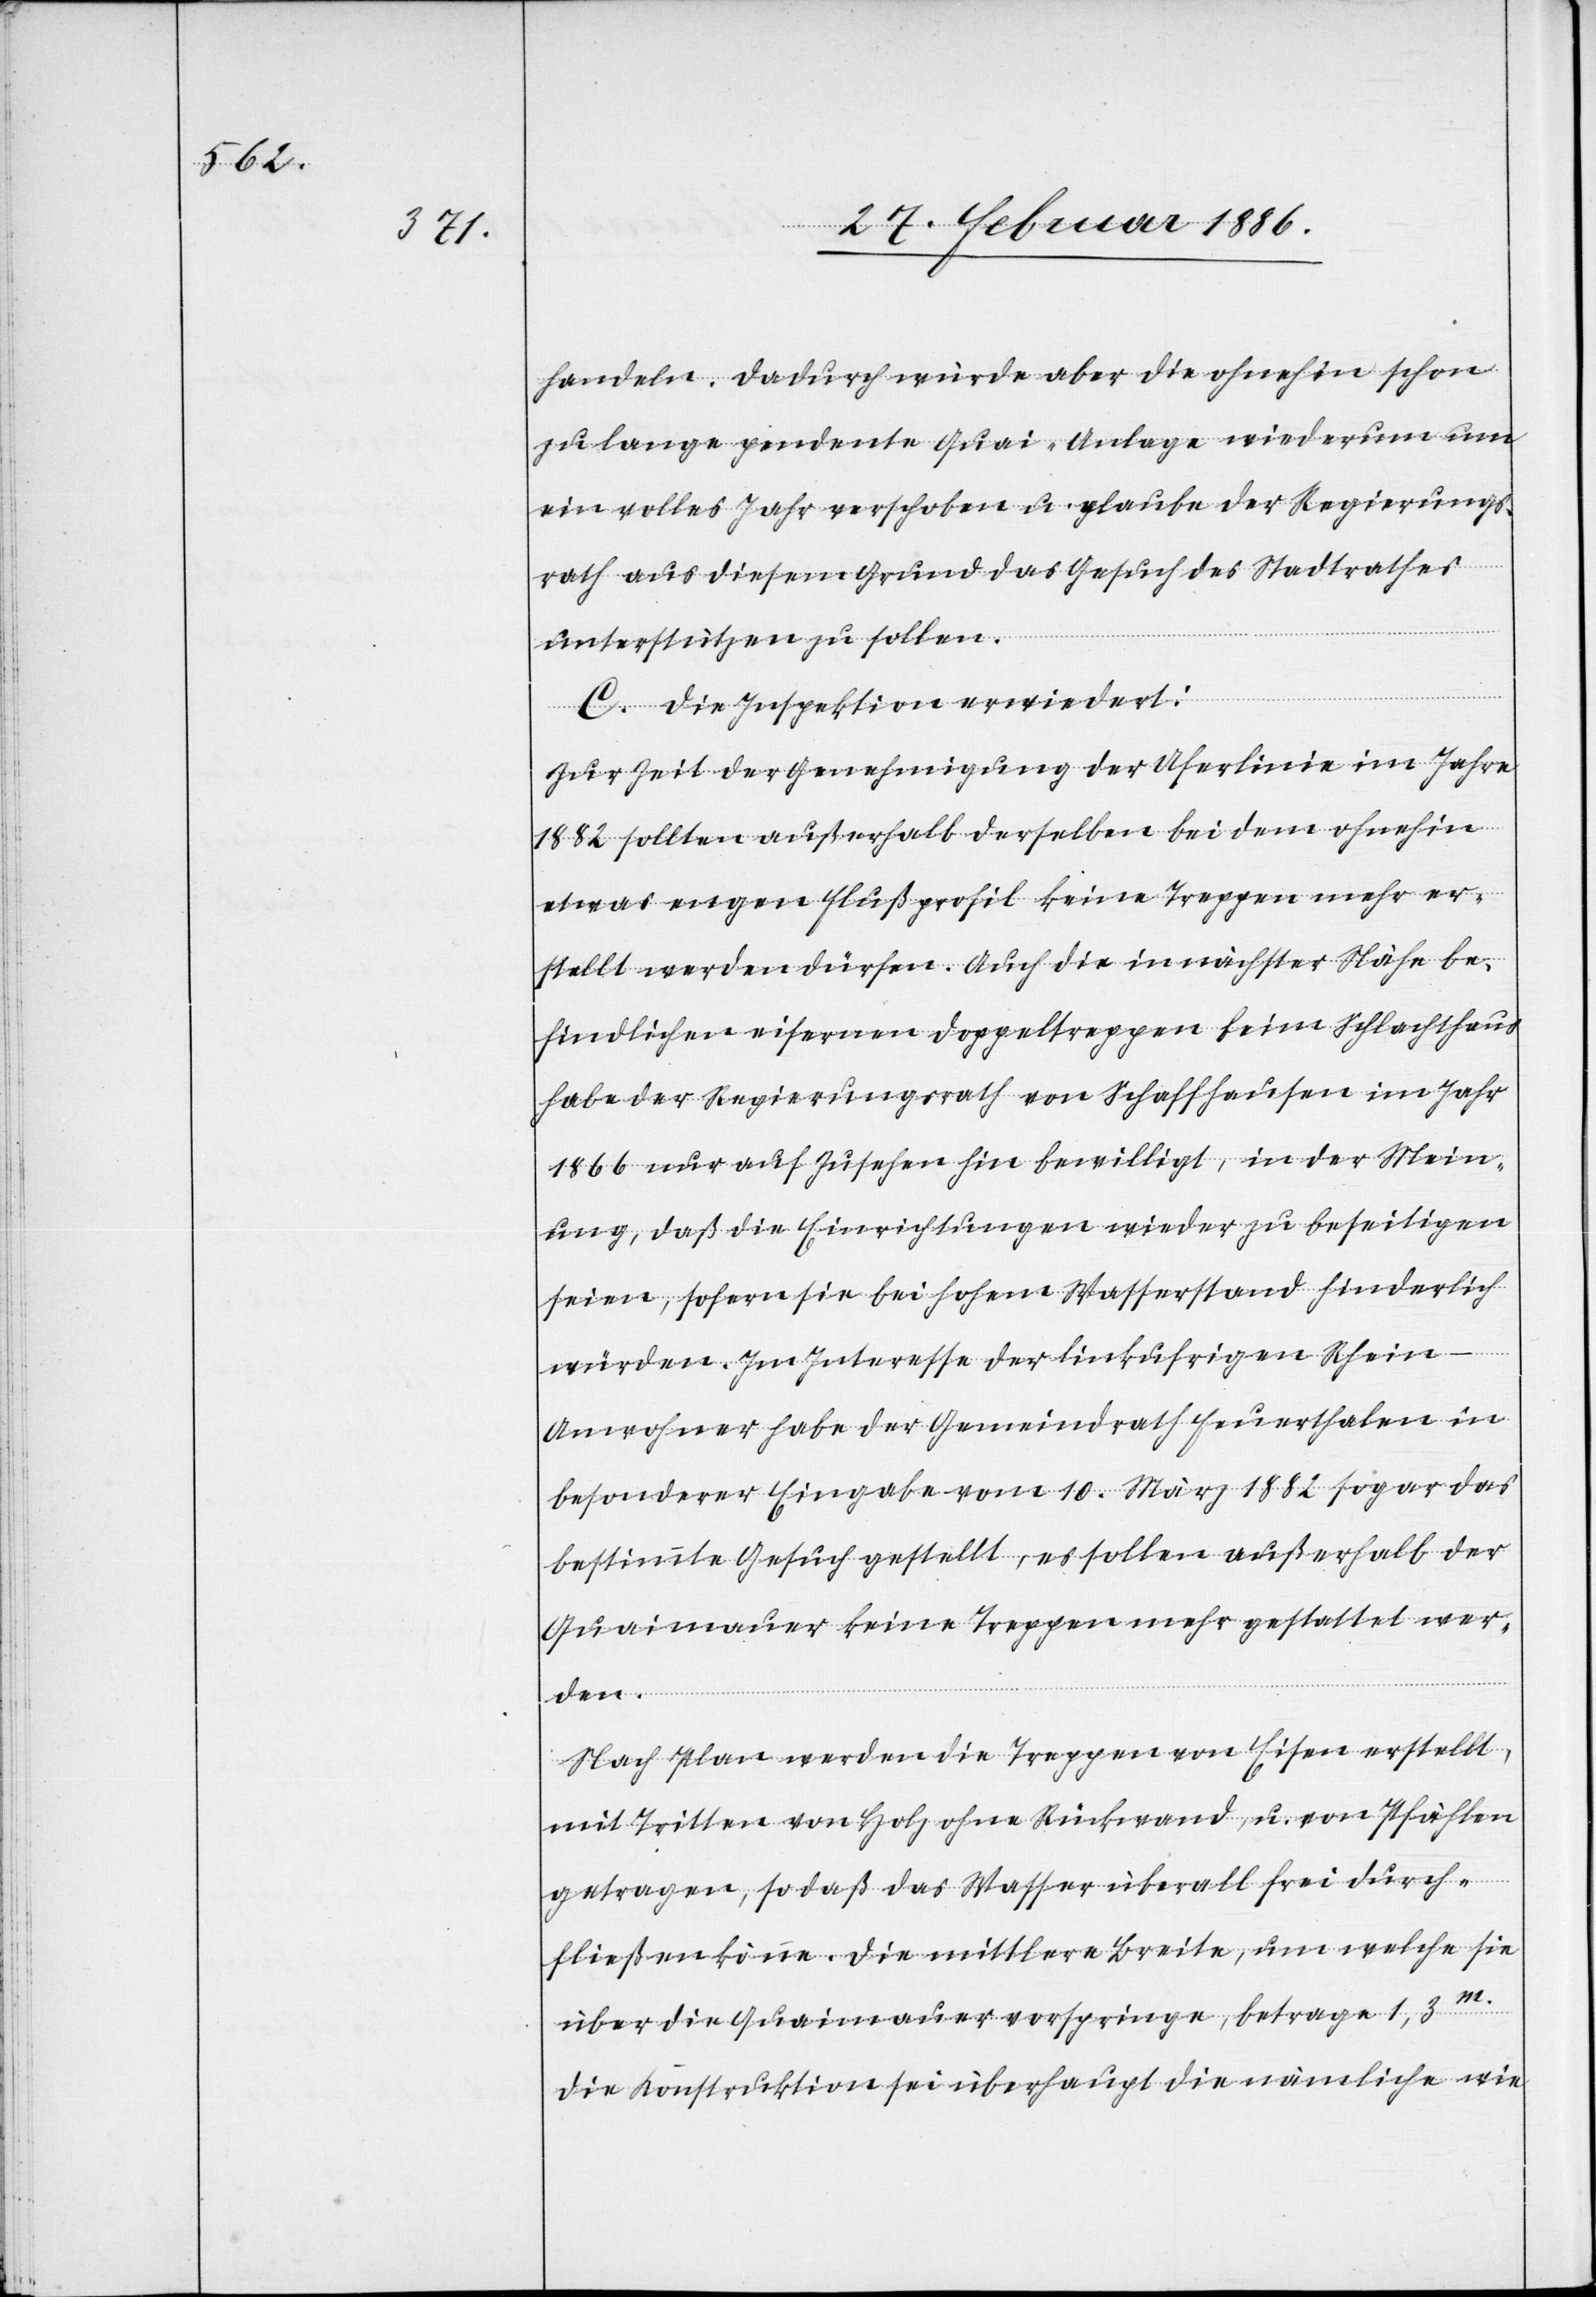
handeln. Dadurch würde aber die ohnehin schon
zu lange pendente Quai-Anlage wiederum um
ein volles Jahr verschoben u. glaube der Regierungs¬
rath aus diesem Grund das Gesuch des Stadtrathes
unterstützen zu sollen.
C. Die Inspektion erwiedert:
Zur Zeit der Genehmigung der Uferlinie im Jahre
1882 sollten außerhalb derselben bei dem ohnehin
etwas engen Flußprofil keine Treppen mehr er¬
stellt werden dürfen. Auch die in nächster Nähe be¬
findlichen eisernen Doppeltreppen beim Schlachthaus
habe der Regierungsrath von Schaffhausen im Jahr
1866 nur auf Zusehen hin bewilligt, in der Mein¬
ung, daß die Einrichtungen wieder zu beseitigen
seien, sofern sie bei hohem Wasserstand hinderlich
würden. Im Interesse der linksufrigen Rhein-A¬
nwohner habe der Gemeindrath Feuerthalen in
besonderer Eingabe vom 10. März 1882 sogar das
bestimmte Gesuch gestellt, es sollen außerhalb der
Quaimauer keine Treppen mehr gestattet wer¬
den.
Nach Plan werden die Treppen von Eisen erstellt,
mit Tritten von Holz ohne Rückwand, u. von Pfählen
getragen, so daß das Wasser überall frei durch¬
fließen könne. Die mittlere Breite, um welche sie
über die Quaimauer vorspringe, betrage 1,3m.
Die Konstruktion sei überhaupt die nämliche wie